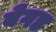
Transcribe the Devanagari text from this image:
बेगड